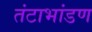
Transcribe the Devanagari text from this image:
तंटाभांडण